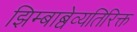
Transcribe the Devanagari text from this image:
झिम्बाब्वेव्यतिरिक्त